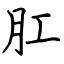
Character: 肛